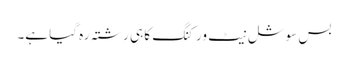
بس سوشل نیٹ ورکنگ کا ہی رشتہ رہ گیا ہے۔